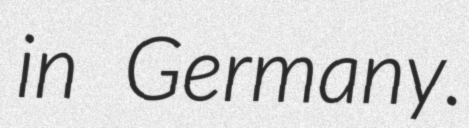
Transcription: in Germany.